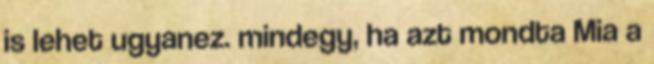
is lehet ugyanez. mindegy, ha azt mondta Mia a